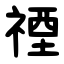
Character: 禋